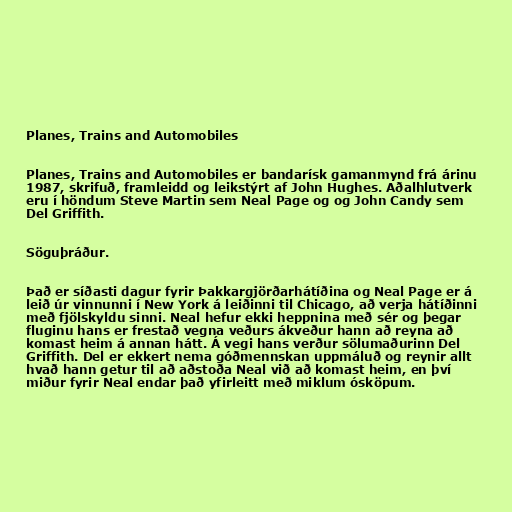
Planes, Trains and Automobiles

Planes, Trains and Automobiles er bandarísk gamanmynd frá árinu
1987, skrifuð, framleidd og leikstýrt af John Hughes. Aðalhlutverk
eru í höndum Steve Martin sem Neal Page og og John Candy sem
Del Griffith.

Söguþráður.

Það er síðasti dagur fyrir Þakkargjörðarhátíðina og Neal Page er á
leið úr vinnunni í New York á leiðinni til Chicago, að verja hátíðinni
með fjölskyldu sinni. Neal hefur ekki heppnina með sér og þegar
fluginu hans er frestað vegna veðurs ákveður hann að reyna að
komast heim á annan hátt. Á vegi hans verður sölumaðurinn Del
Griffith. Del er ekkert nema góðmennskan uppmáluð og reynir allt
hvað hann getur til að aðstoða Neal við að komast heim, en því
miður fyrir Neal endar það yfirleitt með miklum ósköpum.